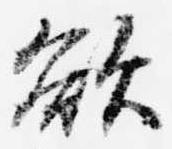
欲